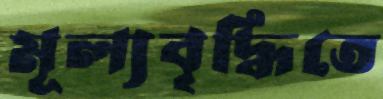
মূল্যবৃদ্ধিতে